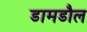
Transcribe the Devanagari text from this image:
डामडौल